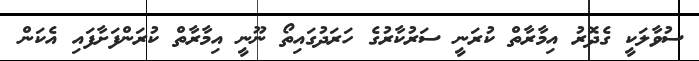
ސުވާލަކީ ގެދޮރު އިމާރާތް ކުރަނީ ސަރުކާރުގެ ހަރަދުގައިތޯ ނޫނީ އިމާރާތް ކުރަންފަށާފައި އެކަން